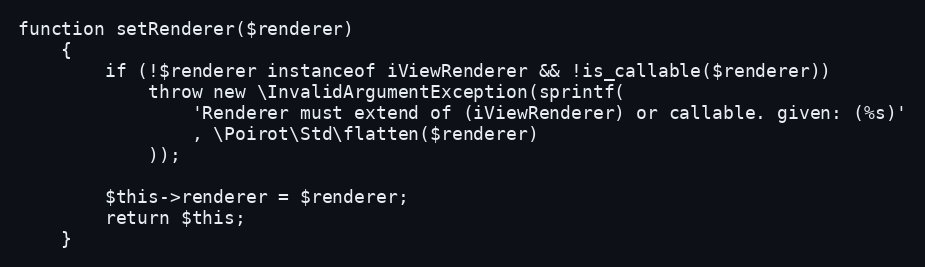
Language: PHP
function setRenderer($renderer)
    {
        if (!$renderer instanceof iViewRenderer && !is_callable($renderer))
            throw new \InvalidArgumentException(sprintf(
                'Renderer must extend of (iViewRenderer) or callable. given: (%s)'
                , \Poirot\Std\flatten($renderer)
            ));

        $this->renderer = $renderer;
        return $this;
    }